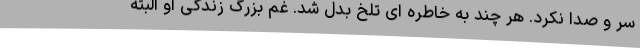
سر و صدا نکرد. هر چند به خاطره ای تلخ بدل شد. غم بزرگ زندگی او البته